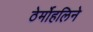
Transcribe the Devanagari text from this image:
ठेर्मोहलिने